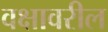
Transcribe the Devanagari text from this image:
वक्षावरील